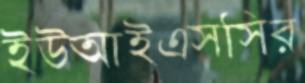
ইউআইএসসির